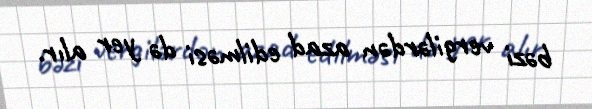
bəzi vergilərdən azad edilməsi də yer alır.